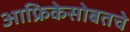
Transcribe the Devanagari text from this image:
आफ्रिकेसोबतचे